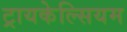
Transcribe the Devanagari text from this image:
ट्रायकेल्सियम